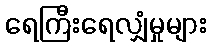
ရေကြီးရေလျှံမှုများ